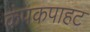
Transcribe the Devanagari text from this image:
कंपकपाहट